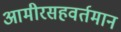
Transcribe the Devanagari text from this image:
आमीरसहवर्तमान